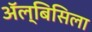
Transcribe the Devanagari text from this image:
ॲल्बिसिला